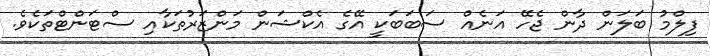
ފިލްމު ބަލަން ދާން ޖެހޭ އަނެއް ސަބަބަކީ އޭގެ އެކްޝަން މަންޒަރުތަކާއި ސްޓަންޓްތަކެވެ.